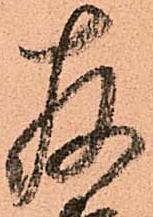
存